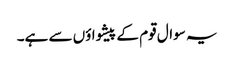
یہ سوال قوم کے پیشواؤں سے ہے۔